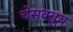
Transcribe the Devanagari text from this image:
चेसक्यूब